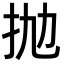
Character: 抛